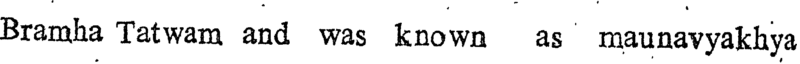
Bramha Tatwam and was known as maunavyakhya